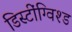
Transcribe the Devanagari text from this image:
डिस्टींग्विश्ड